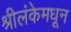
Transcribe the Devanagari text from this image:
श्रीलंकेमधून